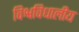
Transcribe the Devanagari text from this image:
विश्वविधालीय